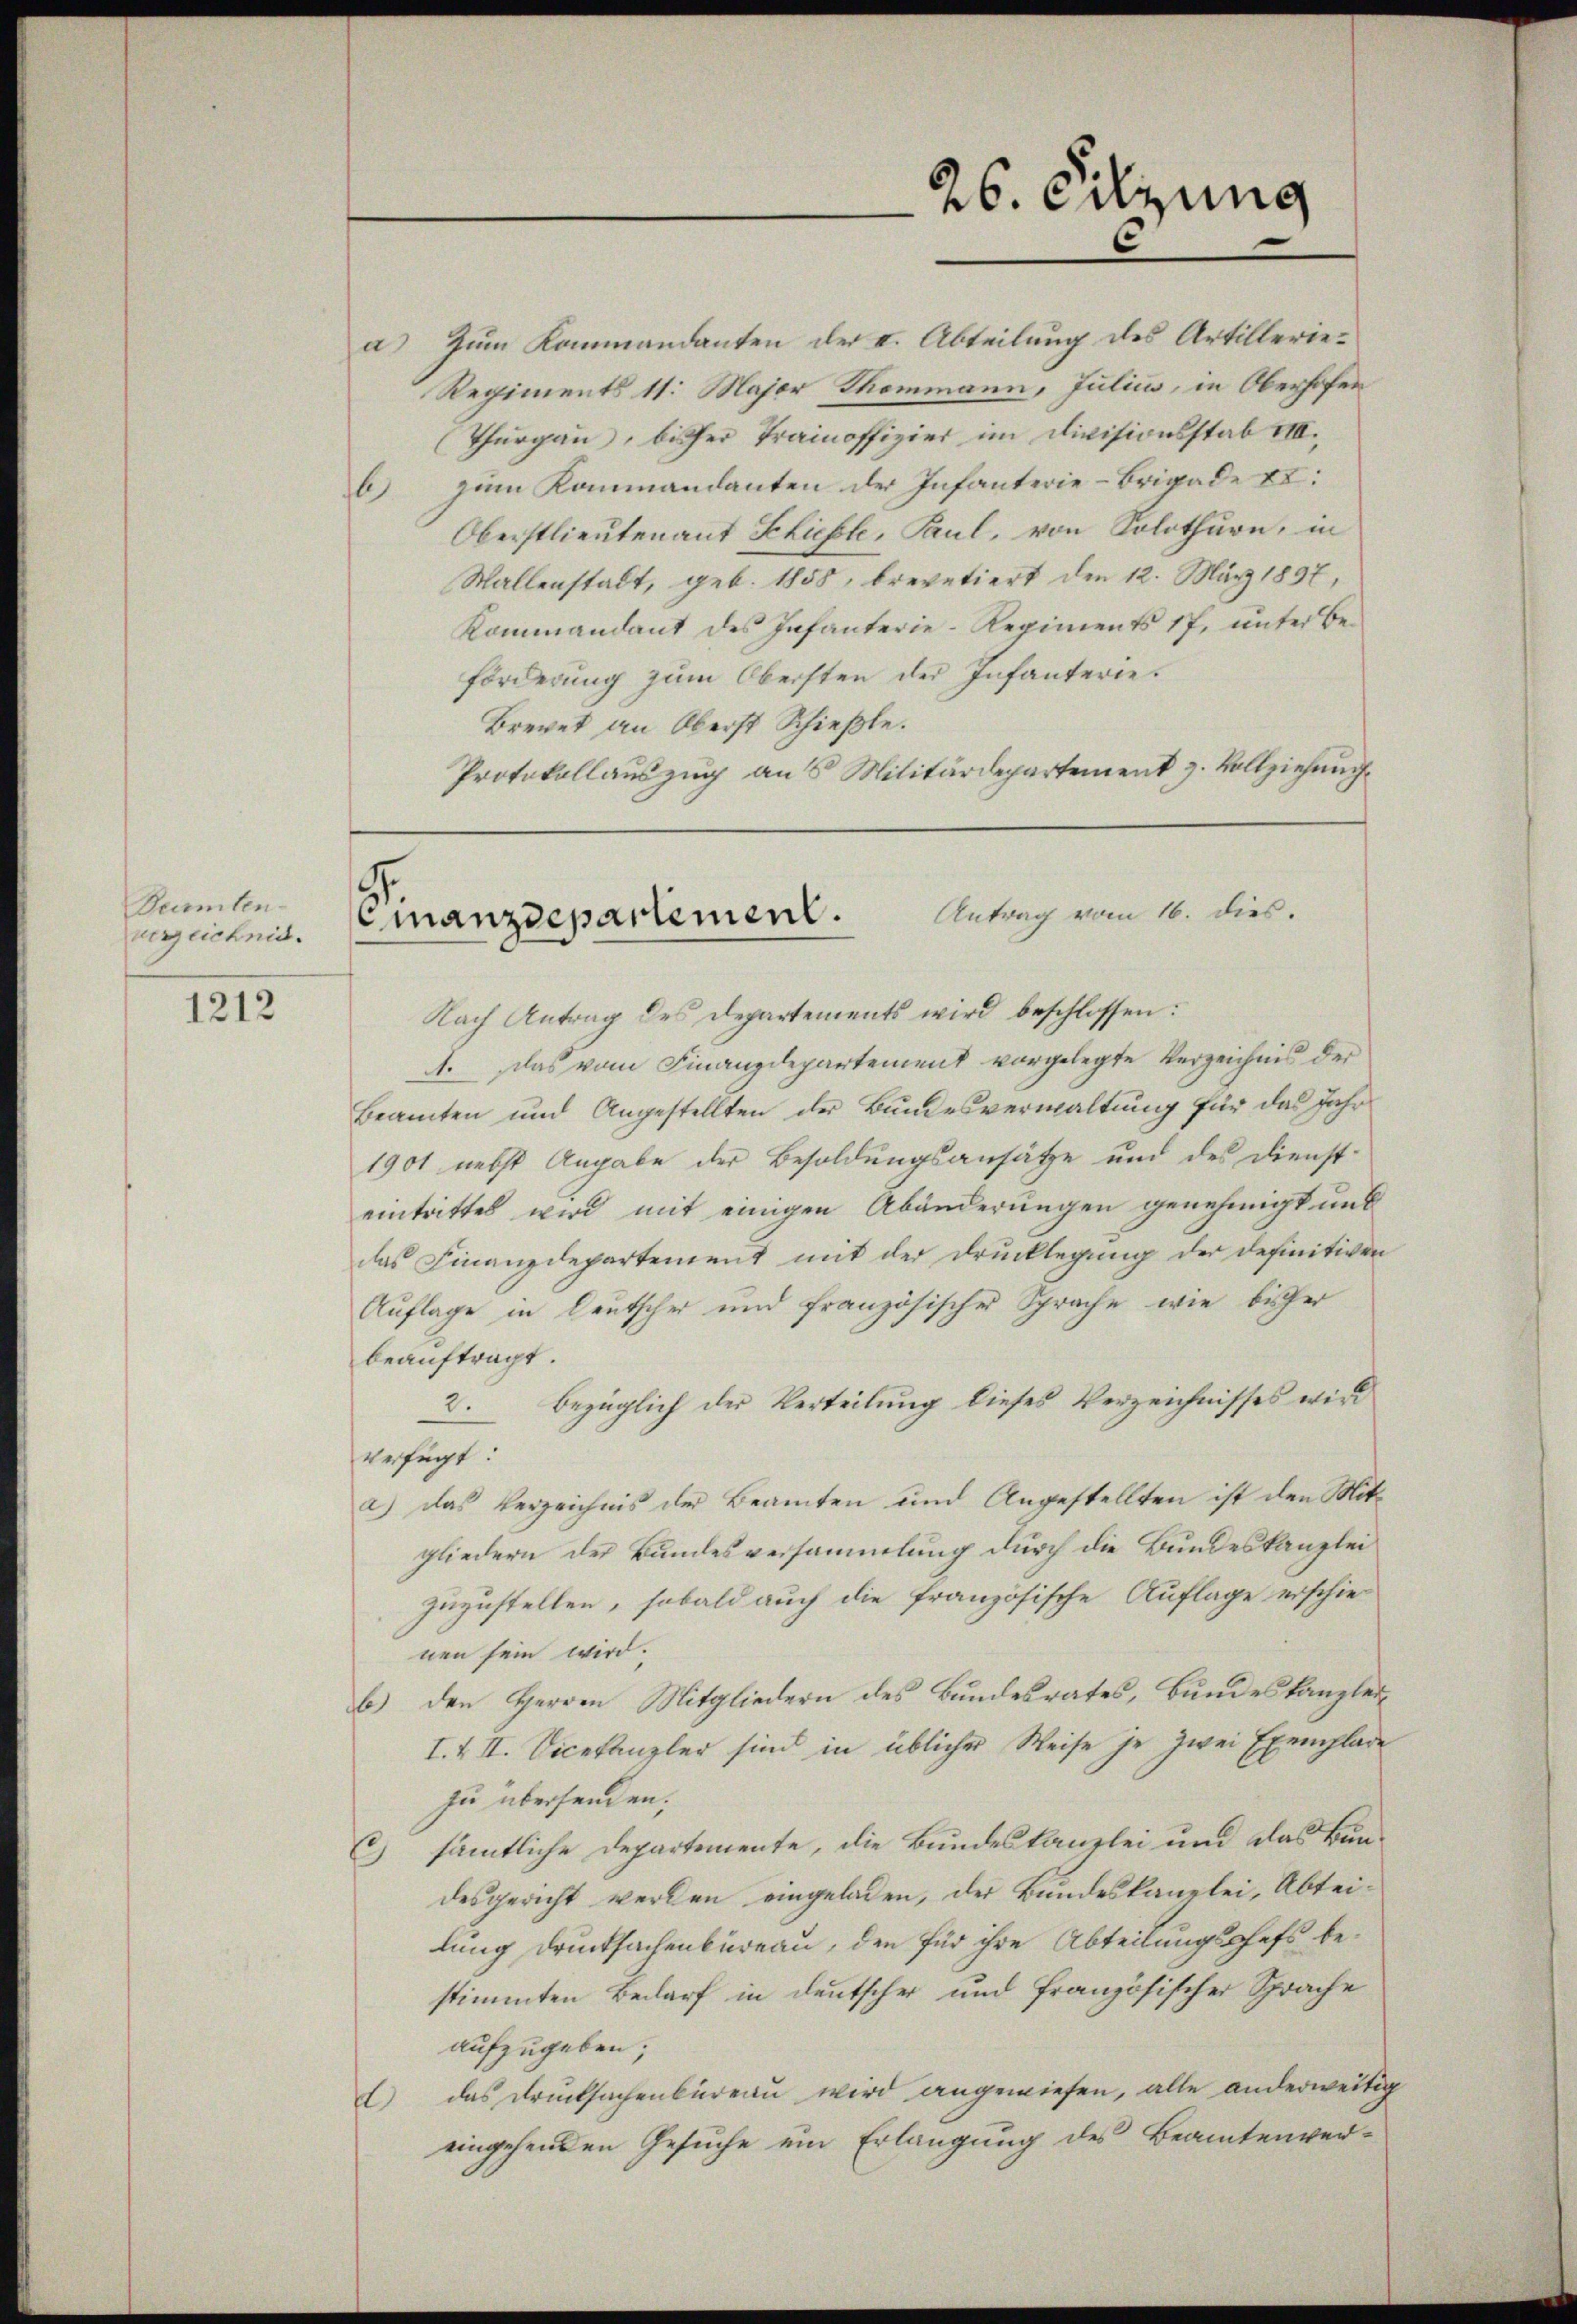
Beamten
verzeichnis.

1212

Antrag vom 16. dies.
Finanzdepartement.

Zum Kommandanten der I. Abteilung des Artilleriea
Regiments 11. Major Thommann, Julius, in Oberhofen
(Thurgau, bisher Trainoffizier im Divisionsstab VIII.,
b) zum Kommandanten der Infanterie-Brigade Ex:
Oberstlieutenant Schiefte, Paul, von Solothurn, in
Wallenstalt, geb. 1858, brevetiert den 12. März 1897,
Kommandant des Infanterie-Regiments 17, ŭnter Be-
förderung zum Obersten der Infanterie¬
Brevet an Oberst Schießle.
Protokollauszug aus Militärdepartement z. Vollziehung
Nach Antrag des Departements wird beschlossen:
A. Klas vom Finanzdepartement vorgelegte Verzeichnis der
Beamten und Angestellten der Bundesverwaltung für das Jahr
1901 nebst Angabe der Besoldungsansätze und des Dienst-
eintrittes wird mit einigen Abänderungen genehmigt und
das Finanzdepartement mit der Drucklegung der definitiven
Auflage in Deutscher und französischer Sprache wie bisher
beauftragt.
bezüglich der Verteilung dieses Verzeichnisses wird
8.
verfügt:
a) das Verzeichnis der Beamten und Angestellten ist den Mitgliedern der Bundesversammlung durch die Bundeskanzlei
zuzustellen, sobald auch die französische Auflage erschienen sein wird.
b) den Herren Mitgliedern des Bundesrates, Bundeskanzlei¬
I. & II. Vicekanzler sind in üblicher Weise je zwei Exemplade
zu übersenden.
C) sämtliche Departemente, die Bundeskanzlei und das Bun-
desgericht werden eingeladen, der Bundeskanzlei, Abtei-
lung Drucksachenbüreau, den für ihre Abteilungschefs bestimmten Bedarf in deutscher und französischer Sprache
aufzugeben;
das Drucksachenbüreau wird angewiesen, alle anderweitig
t
eingehenden Gesuche ein Erlangung des Beamtenver¬

26. Sitzung